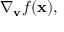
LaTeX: \nabla _ { \mathbf { v } } { f } ( \mathbf { x } ) ,